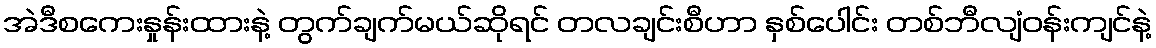
အဲဒီစကေးနှုန်းထားနဲ့ တွက်ချက်မယ်ဆိုရင် တလချင်းစီဟာ နှစ်ပေါင်း တစ်ဘီလျံဝန်းကျင်နဲ့